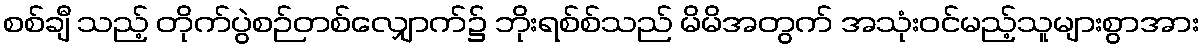
စစ်ချီ သည့် တိုက်ပွဲစဉ်တစ်လျှောက်၌ ဘိုးရစ်စ်သည် မိမိအတွက် အသုံးဝင်မည့်သူများစွာအား